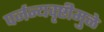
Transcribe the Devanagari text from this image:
पर्जन्यवृष्टीमुळे